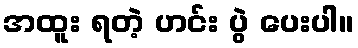
အထူး ရတဲ့ ဟင်း ပွဲ ပေးပါ။